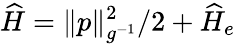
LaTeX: \widehat H=\| p\| _{g^{-1}}^{2}/2+\widehat H_{e}